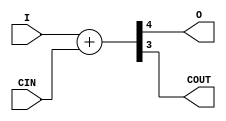
module CBLOCK (
	I,
	O,
	CIN,
	COUT
);
	input wire [3:0] I;
	(* carry="C" *)
	input wire CIN;

	(* DELAY_MATRIX_I="30e-12 30e-12 30e-12 30e-12" *)
	(* DELAY_CONST_CIN="30e-12" *)
	output wire O;

	(* carry="C" *)
	(* DELAY_MATRIX_I="30e-12 30e-12 30e-12 30e-12" *)
	(* DELAY_CONST_CIN="30e-12" *)
	output wire COUT;

	wire [4:0] internal_sum;

	assign internal_sum = I + CIN;
	assign O = internal_sum[4];
	assign COUT = internal_sum[3];
endmodule